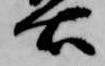
右